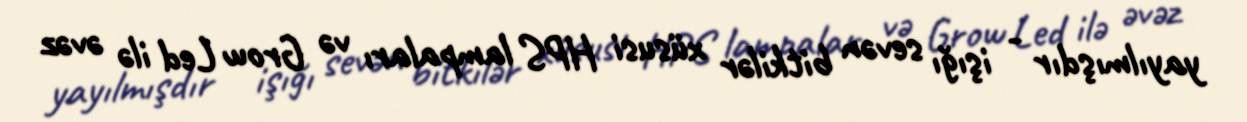
yayılmışdır - işığı sevən bitkilər xüsusi HPS lampaları və Grow Led ilə əvəz